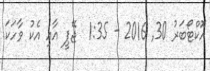
އޮކްޓޯބަރު 30